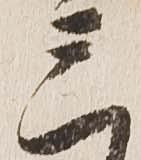
三